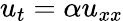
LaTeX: \displaystyle u_{t}=\alpha u_{xx}